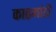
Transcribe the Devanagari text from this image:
काठमांडौं